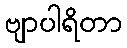
ဗျာပါရိတာ